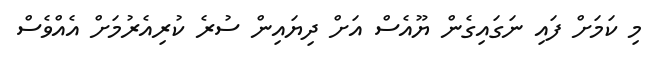
މި ކަމަށް ފައި ނަގައިގެން ޔޫއެސް އަށް ދިޔައިން ސުރެ ކުރިއެރުމަށް އެއްވެސް